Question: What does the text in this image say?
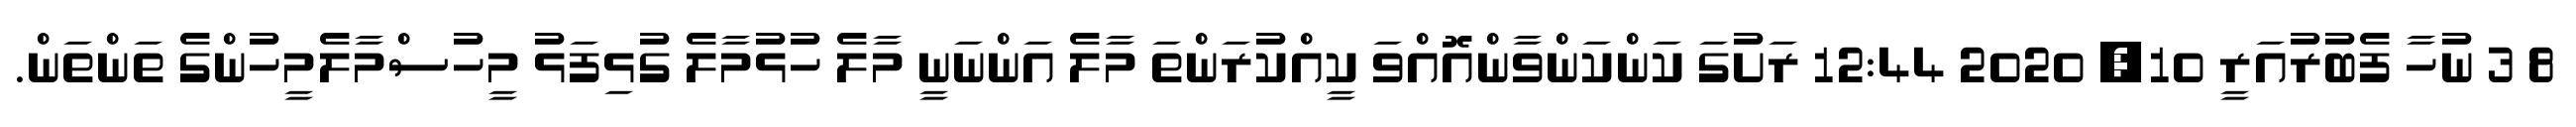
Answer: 8 3 ނުހާ ފެބުރުއަރީ 10, 2020 12:44 ރަށުގަ ކަންކަންވާންއޮއްވަ ކީއްކުރަންތަ މާލެ އަންނަނީ މާލެ ހުޅުމާލެ ގުޅިފަޅު މީހުސްމާލެމީހުންގެ ތަންތަން.